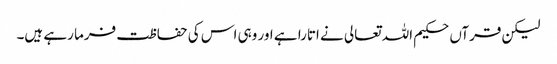
لیکن قرآں حکیم اللہ تعالی نے اتارا ہے اور وہی اس کی حفاظت فرما رہے ہیں۔